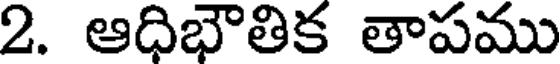
2. ఆధిభౌతిక తాపము